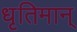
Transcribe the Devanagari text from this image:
धृतिमान्‌